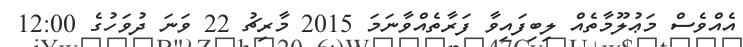
އެއްވެސް މަޢުލޫމާތެއް ލިބިފައިވާ ފަރާތެއްވާނަމަ 2015 މާރިޗު 22 ވަނަ ދުވަހުގެ 12:00